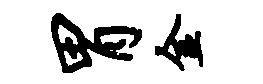
胃金